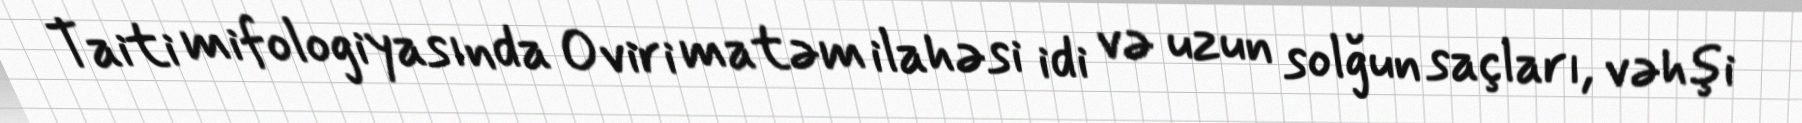
Taiti mifologiyasında Oviri matəm ilahəsi idi və uzun solğun saçları, vəhşi